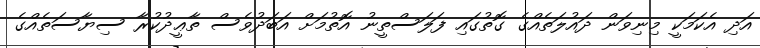
އަދި އެކަމަކީ މިނިވަން ދައުލަތެއްގެ ގޮތުގައި ފަލަސްތީނު އޮތުމަށް އަބަދުވެސް ތާޢީދުކުރާ ސިޔާސަތެއްގެ